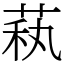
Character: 萟